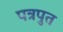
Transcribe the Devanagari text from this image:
पत्रपुत